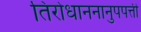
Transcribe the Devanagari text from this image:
तिरोधाननानुपपत्ती